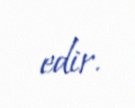
edir.